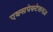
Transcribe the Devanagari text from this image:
एक्सपेक्टेशनज़